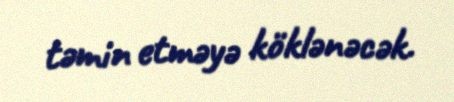
təmin etməyə köklənəcək.